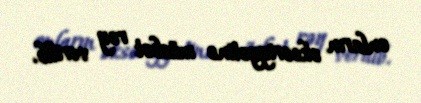
onların əksəriyyətinə müsbət rəy verilib.